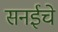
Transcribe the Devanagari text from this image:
सनईचे